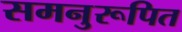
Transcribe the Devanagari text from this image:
समनुरूपित